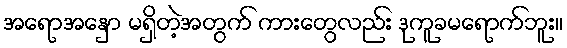
အရောအနှော မရှိတဲ့အတွက် ကားတွေလည်း ဒုကူခမရောက်ဘူး။